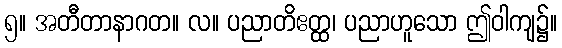
၅။ အတီတာနာဂတ။ လ။ ပညာတိဧတ္ထ၊ ပညာဟူသော ဤဝါကျ၌။